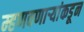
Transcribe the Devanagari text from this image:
म्हणवणाऱ्यांकडून